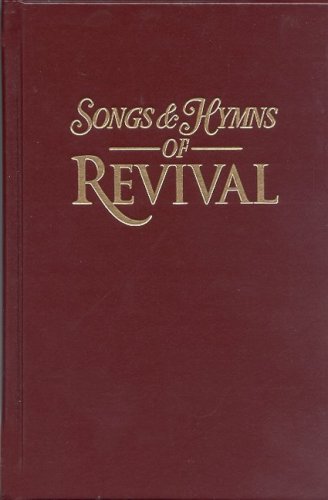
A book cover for Songs & Hymns of Revival: Burgundy Hardback; North Valley Pub; Christian Books & Bibles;